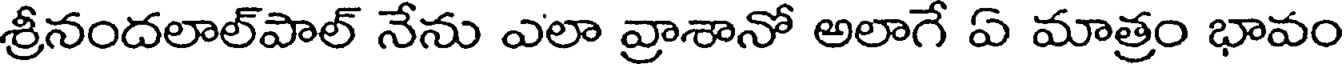
శ్రీనందలాల్పాల్ నేను ఎలా వ్రాశానో అలాగే ఏ మాత్రం భావం